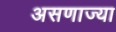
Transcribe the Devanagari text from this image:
असणाज्या